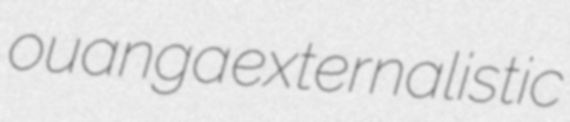
ouanga externalistic